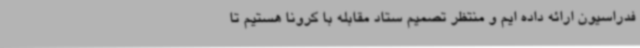
فدراسیون ارائه داده ایم و منتظر تصمیم ستاد مقابله با کرونا هستیم تا